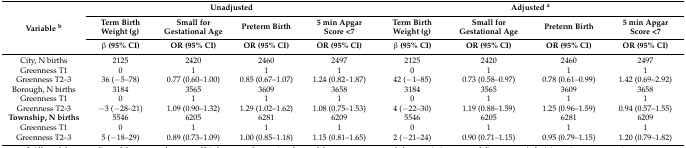
<table><thead><tr><td rowspan="3"><b>Variable <sup>b</sup></b></td><td colspan="4"><b>Unadjusted</b></td><td colspan="4"><b>Adjusted <sup>a</sup></b></td></tr><tr><td><b>Term Birth Weight (g) </b></td><td><b>Small for Gestational Age </b></td><td><b>Preterm Birth </b></td><td><b>5 min Apgar Score &lt;7 </b></td><td><b>Term Birth Weight (g) </b></td><td><b>Small for Gestational Age </b></td><td><b>Preterm Birth </b></td><td><b>5 min Apgar Score &lt;7 </b></td></tr><tr><td><b>β (95% CI)</b></td><td><b>OR (95% CI)</b></td><td><b>OR (95% CI)</b></td><td><b>OR (95% CI)</b></td><td><b>β (95% CI)</b></td><td><b>OR (95% CI)</b></td><td><b>OR (95% CI)</b></td><td><b>OR (95% CI)</b></td></tr></thead><tbody><tr><td>City, N births</td><td>2125</td><td>2420</td><td>2460</td><td>2497</td><td>2125</td><td>2420</td><td>2460</td><td>2497</td></tr><tr><td>Greenness T1</td><td>0</td><td>1</td><td>1</td><td>1</td><td>0</td><td>1</td><td>1</td><td>1</td></tr><tr><td>Greenness T2–3</td><td>36 (−5–78)</td><td>0.77 (0.60–1.00)</td><td>0.85 (0.67–1.07)</td><td>1.24 (0.82–1.87)</td><td>42 (−1–85)</td><td>0.73 (0.58–0.97)</td><td>0.78 (0.61–0.99)</td><td>1.42 (0.69–2.92)</td></tr><tr><td>Borough, N births</td><td>3184</td><td>3565</td><td>3609</td><td>3658</td><td>3184</td><td>3565</td><td>3609</td><td>3658</td></tr><tr><td>Greenness T1</td><td>0</td><td>1</td><td>1</td><td>1</td><td>0</td><td>1</td><td>1</td><td>1</td></tr><tr><td>Greenness T2-3</td><td>−3 (−28–21)</td><td>1.09 (0.90–1.32)</td><td>1.29 (1.02–1.62)</td><td>1.08 (0.75–1.53)</td><td>4 (−22–30)</td><td>1.19 (0.88–1.59)</td><td>1.25 (0.96–1.59)</td><td>0.94 (0.57–1.55)</td></tr><tr><td><b>Township, N births</b></td><td>5546</td><td>6205</td><td>6281</td><td>6209</td><td>5546</td><td>6205</td><td>6281</td><td>6209</td></tr><tr><td>Greenness T1</td><td>0</td><td>1</td><td>1</td><td>1</td><td>0</td><td>1</td><td>1</td><td>1</td></tr><tr><td>Greenness T2–3</td><td>5 (−18–29)</td><td>0.89 (0.73–1.09)</td><td>1.00 (0.85–1.18)</td><td>1.15 (0.81–1.65)</td><td>2 (−21–24)</td><td>0.90 (0.71–1.15)</td><td>0.95 (0.79–1.15)</td><td>1.20 (0.79–1.82)</td></tr></tbody></table>